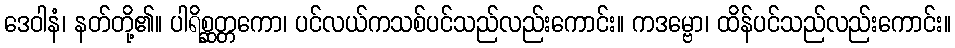
ဒေဝါနံ၊ နတ်တို့၏။ ပါရိစ္ဆတ္တကော၊ ပင်လယ်ကသစ်ပင်သည်လည်းကောင်း။ ကဒမ္ဗော၊ ထိန်ပင်သည်လည်းကောင်း။